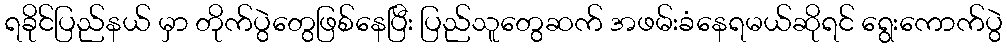
ရခိုင်ပြည်နယ် မှာ တိုက်ပွဲတွေဖြစ်နေပြီး ပြည်သူတွေဆက် အဖမ်းခံနေရမယ်ဆိုရင် ရွေးကောက်ပွဲ